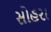
સોહરા